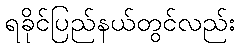
ရခိုင်ပြည်နယ်တွင်လည်း